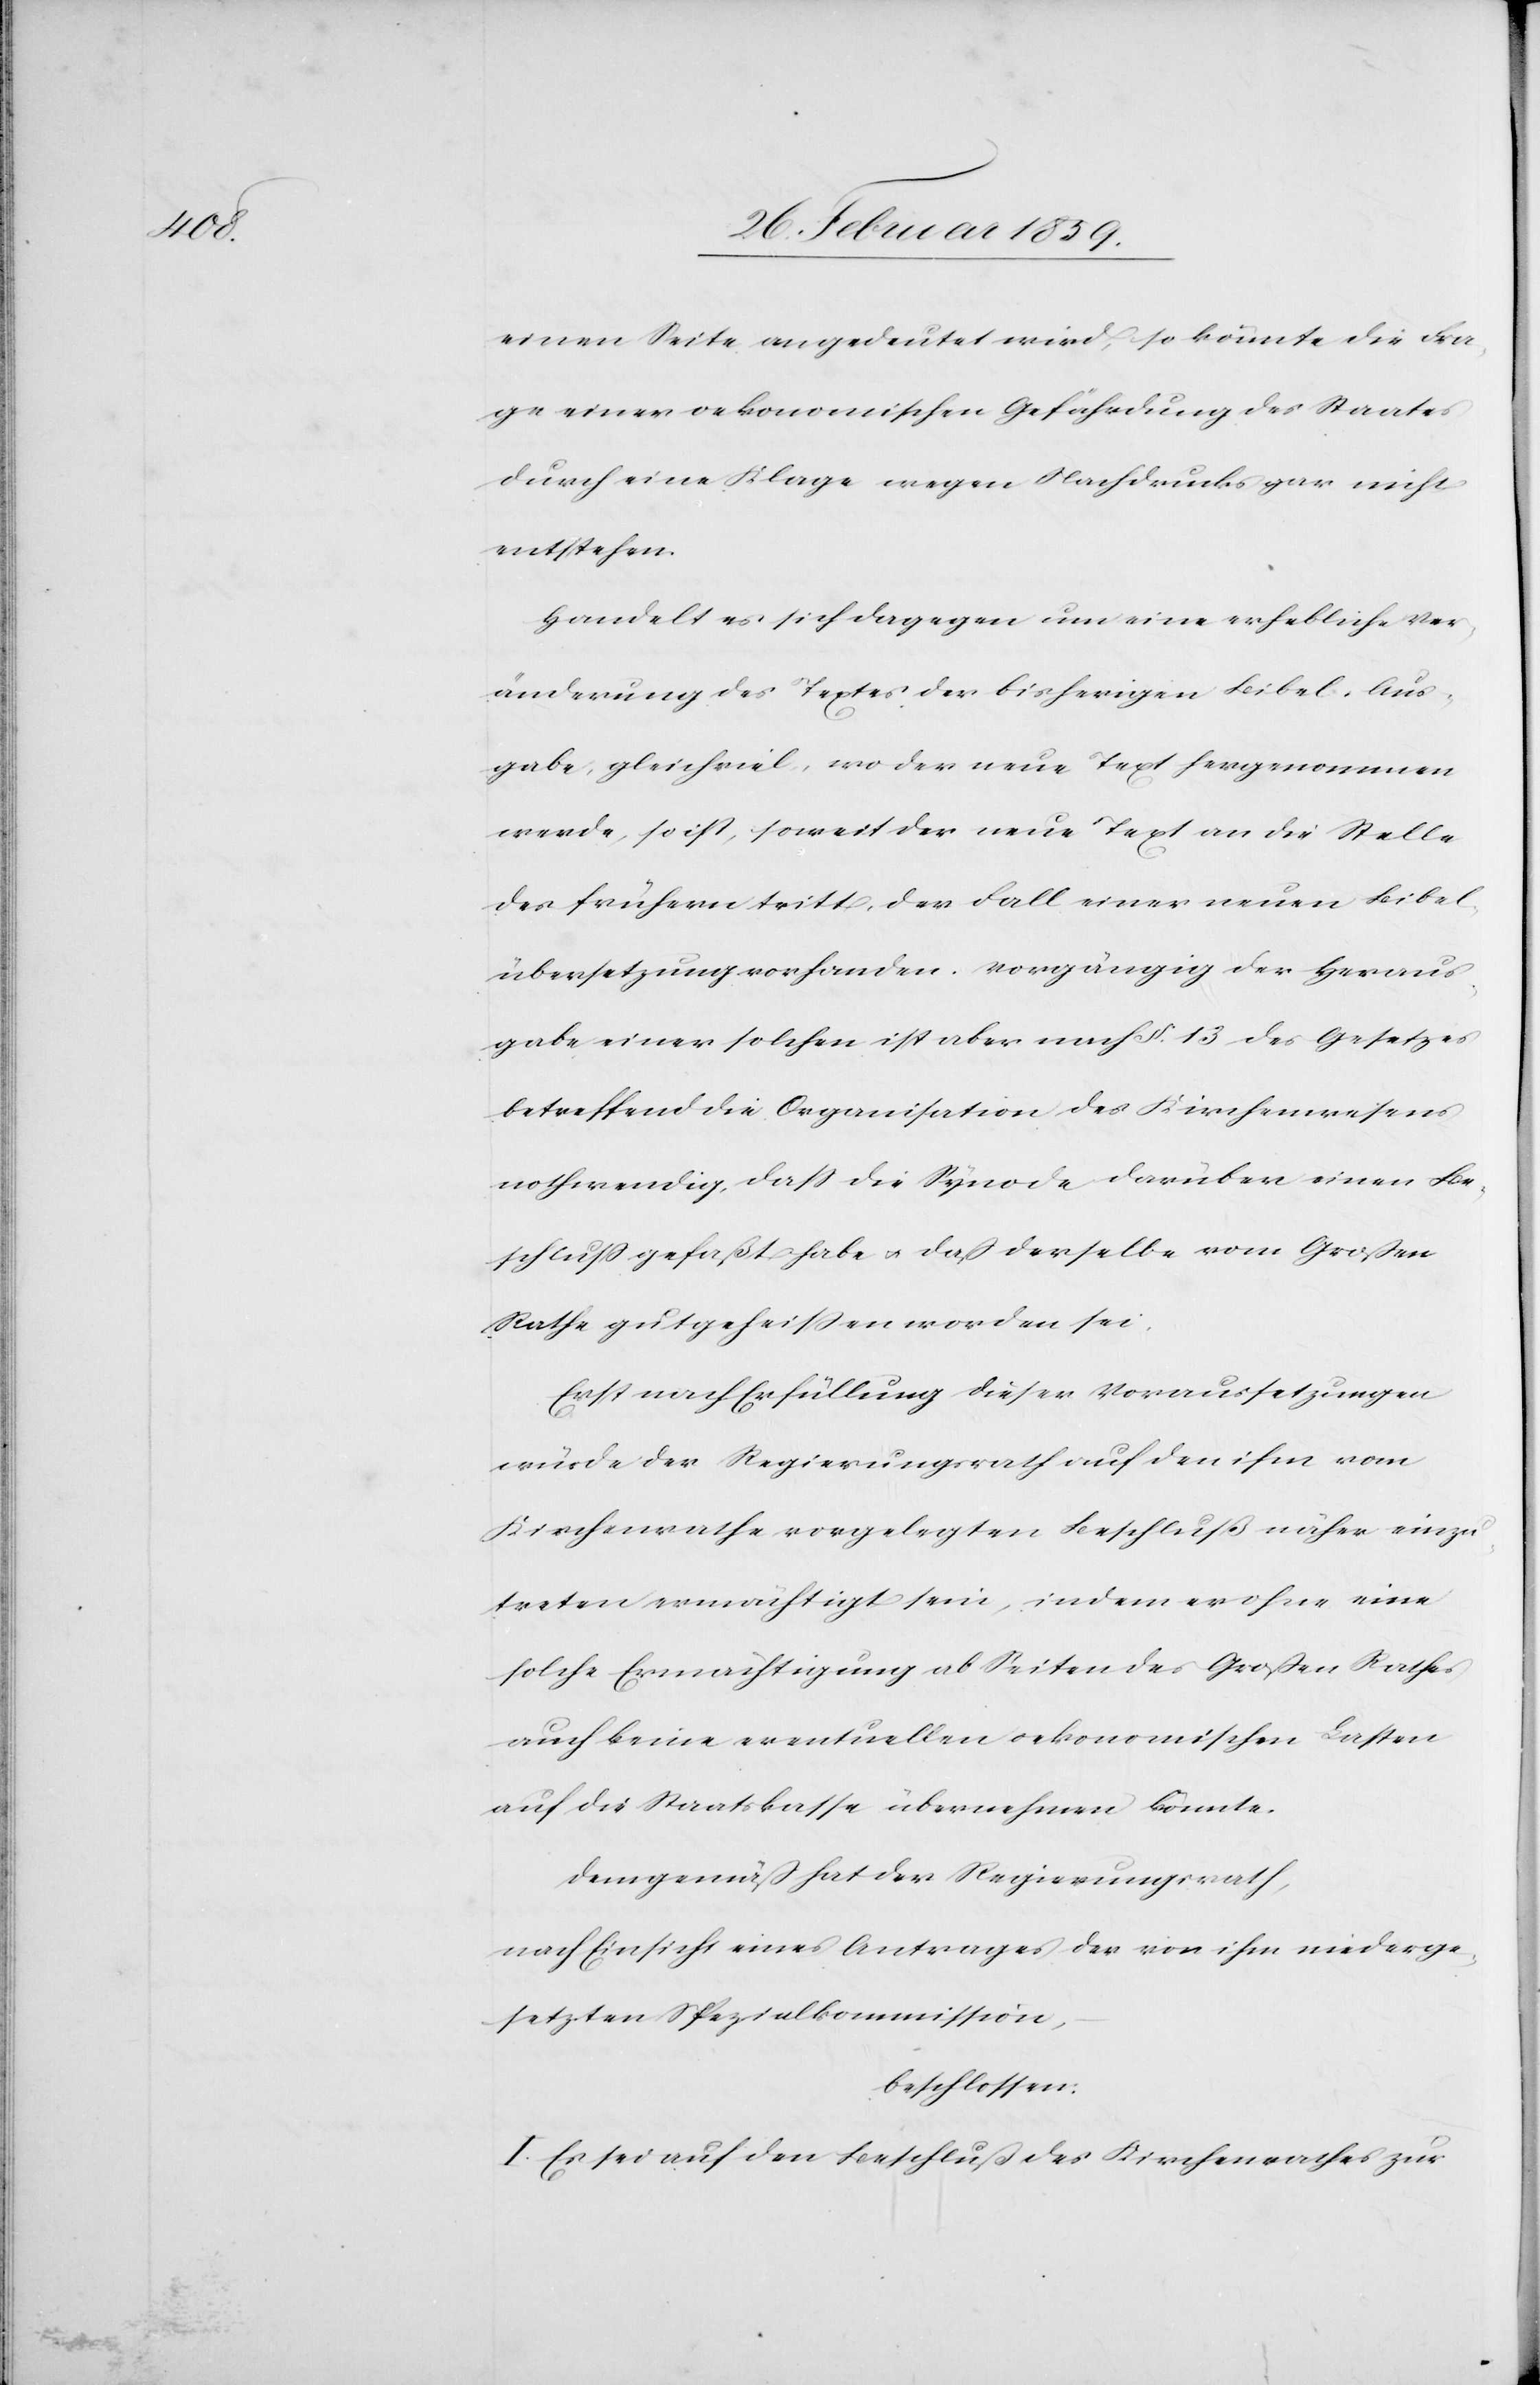
einen Seite angedeutet wird, so könnte die Fra¬
ge einer oekonomischen Gefährdung des Staates
durch eine Klage wegen Nachdrucks gar nicht
entstehen.
Handelt es sich dagegen um eine erhebliche Ver¬
änderung des Textes der bisherigen Bibel-Aus¬
gabe, gleichviel, wo der neue Text hergenommen
werde, so ist, soweit der neue Text an die Stelle
des frühern tritt, der Fall einer neuen Bibel¬
übersetzung vorhanden. Vorgängig der Heraus¬
gabe einer solchen ist aber nach §. 13 des Gesetzes
betreffend die Organisation des Kirchenwesens
nothwendig, daß die Synode darüber einen Be¬
schluß gefaßt habe u. daß derselbe vom Großen
Rathe gutgeheißen worden sei.
Erst nach Erfüllung dieser Voraussetzungen
würde der Regierungsrath auf den ihm vom
Kirchenrathe vorgelegten Beschluß näher einzu¬
treten ermächtigt sein, indem er ohne eine
solche Ermächtigung ab Seiten des Großen Rathes
auch keine eventuellen oekonomischen Lasten
auf die Staatskasse übernehmen könnte.
Demgemäß hat der Regierungsrath,
nach Einsicht eines Antrages der von ihm niederge¬
setzten Spezialkommission,
beschlossen:
I. Es sei auf den Beschluß des Kirchenrathes zur